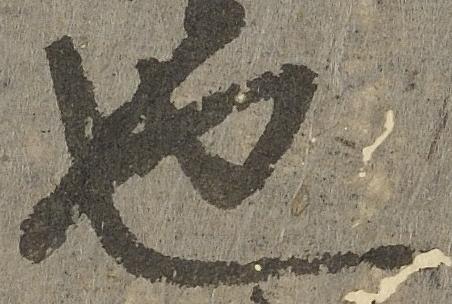
也